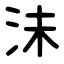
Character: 沬